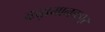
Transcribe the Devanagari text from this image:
कड़ामानकपुर